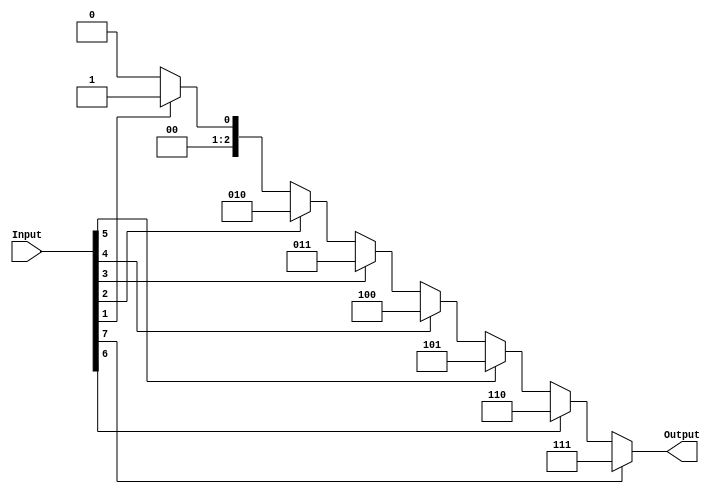
module OneHotDecoder #(
	parameter N = 3,
	localparam COUNT = 2**N
) (
	input [COUNT-1:0] Input,
	output [N-1:0] Output
);
	reg [N-1:0] value;
	assign Output = value;
	
	integer i;
	always @* begin
		value=0;
		for(i=0; i<COUNT; i=i+1)
			if(Input[i])
				value=i;
	end
endmodule